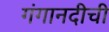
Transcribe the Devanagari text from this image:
गंगानदीची